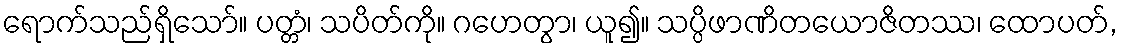
ရောက်သည်ရှိသော်။ ပတ္တံ၊ သပိတ်ကို။ ဂဟေတွာ၊ ယူ၍။ သပ္ပိဖာဏိတယောဇိတဿ၊ ထောပတ်,